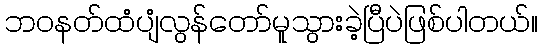
ဘဝနတ်ထံပျံလွန်တော်မူသွားခဲ့ပြီပဲဖြစ်ပါတယ်။